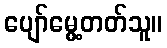
ပျော်မွေ့တတ်သူ။